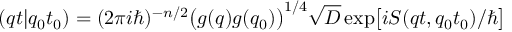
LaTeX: ( q t \vert q _ { 0 } t _ { 0 } ) = ( 2 \pi i \hbar ) ^ { - n / 2 } \bigl ( g ( q ) g ( q _ { 0 } ) \bigr ) ^ { 1 / 4 } \sqrt { D } \exp \bigl [ i S ( q t , q _ { 0 } t _ { 0 } ) / \hbar \bigr ]